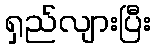
ရှည်လျားပြီး